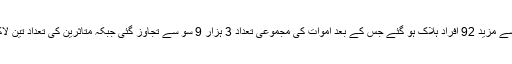
روس میں کورونا وائرس سے مزید 92 افراد ہلاک ہو گئے جس کے بعد اموات کی مجموعی تعداد 3 ہزار 9 سو سے تجاوز گئی جبکہ متاثرین کی تعداد تین لاکھ 70 ہزار سے بڑھ گئی ۔